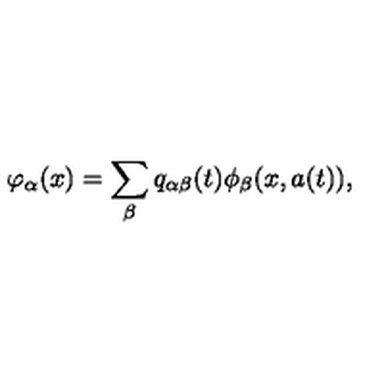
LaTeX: \varphi _ { \alpha } ( x ) = \sum _ { \beta } q _ { \alpha \beta } ( t ) \phi _ { \beta } ( x , a ( t ) ) ,